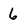
Character: 6